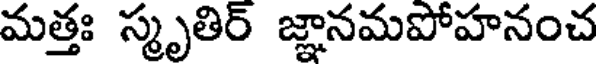
మత్తః స్మృతిర్ జ్ఞానమపోహనంచ